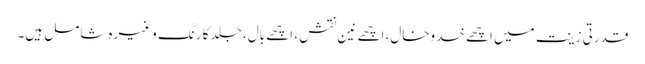
قدرتی زینت میں اچھے خدوخال، اچھے نین نقش، اچھے بال، جلد کا رنگ وغیرہ شامل ہیں۔